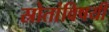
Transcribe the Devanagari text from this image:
स्रोतांविषयी